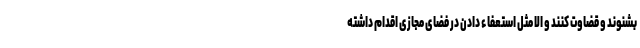
بشنوند و قضاوت کنند و الا مثل استعفاء دادن در فضای مجازی اقدام داشته